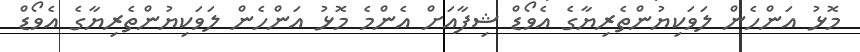
މޮޅު އަންހެން ލަވަކިޔުންތެރިޔާގެ އެވޯޑް ޝިފާއަށް އެންމެ މޮޅު އަންހެން ލަވަކިޔުންތެރިޔާގެ އެވޯޑް